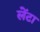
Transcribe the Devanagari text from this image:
लेंटा